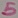
Text: 5